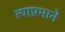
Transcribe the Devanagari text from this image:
त्याप्रमाने